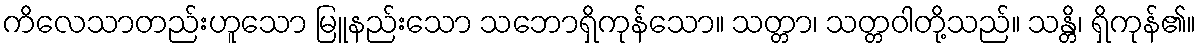
ကိလေသာတည်းဟူသော မြူနည်းသော သဘောရှိကုန်သော။ သတ္တာ၊ သတ္တဝါတို့သည်။ သန္တိ၊ ရှိကုန်၏။